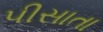
પીસાતા